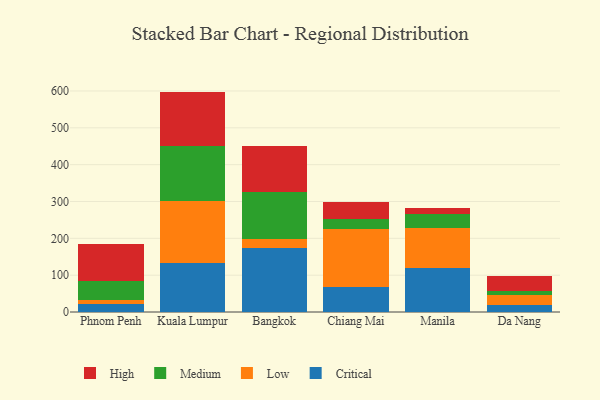
{"axis": {"x": "City", "y": "Waste Production (Tons)"}, "legend": ["Critical", "High", "Low", "Medium"], "data": [{"x": "Phnom Penh", "y": 21.3, "type": "Critical"}, {"x": "Phnom Penh", "y": 12.5, "type": "Low"}, {"x": "Phnom Penh", "y": 49.6, "type": "Medium"}, {"x": "Phnom Penh", "y": 102.3, "type": "High"}, {"x": "Kuala Lumpur", "y": 133.9, "type": "Critical"}, {"x": "Kuala Lumpur", "y": 168.2, "type": "Low"}, {"x": "Kuala Lumpur", "y": 149.2, "type": "Medium"}, {"x": "Kuala Lumpur", "y": 147.0, "type": "High"}, {"x": "Bangkok", "y": 173.6, "type": "Critical"}, {"x": "Bangkok", "y": 25.4, "type": "Low"}, {"x": "Bangkok", "y": 127.4, "type": "Medium"}, {"x": "Bangkok", "y": 125.0, "type": "High"}, {"x": "Chiang Mai", "y": 67.0, "type": "Critical"}, {"x": "Chiang Mai", "y": 158.4, "type": "Low"}, {"x": "Chiang Mai", "y": 28.2, "type": "Medium"}, {"x": "Chiang Mai", "y": 44.5, "type": "High"}, {"x": "Manila", "y": 119.7, "type": "Critical"}, {"x": "Manila", "y": 109.4, "type": "Low"}, {"x": "Manila", "y": 38.0, "type": "Medium"}, {"x": "Manila", "y": 14.7, "type": "High"}, {"x": "Da Nang", "y": 18.0, "type": "Critical"}, {"x": "Da Nang", "y": 27.3, "type": "Low"}, {"x": "Da Nang", "y": 11.3, "type": "Medium"}, {"x": "Da Nang", "y": 42.0, "type": "High"}]}